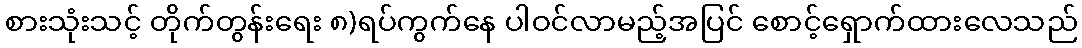
စားသုံးသင့် တိုက်တွန်းရေး ၈)ရပ်ကွက်နေ ပါဝင်လာမည့်အပြင် စောင့်ရှောက်ထားလေသည်